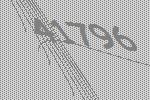
41796